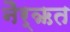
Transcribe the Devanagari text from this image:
नैर्ऋत